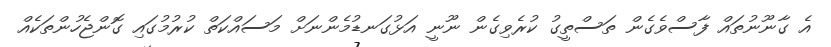
އެ ގާނޫނުތައް ފާސްވެގެން ތަސްތީގު ކުރެވިގެން ނޫނީ އަޅުގަނޑުމެންނަށް މަސައްކަތް ކުރުމުގައި ގޮންޖެހުންތަކެއް